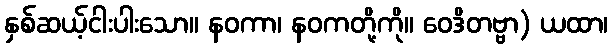
နှစ်ဆယ့်ငါးပါးသော။ နဝကာ၊ နဝကတို့ကို။ ဝေဒိတဗ္ဗာ) ယထာ၊